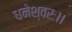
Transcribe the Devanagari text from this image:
धनेश्वरः।।